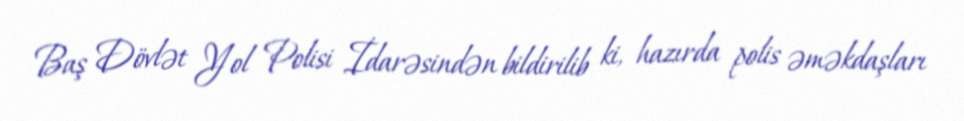
Baş Dövlət Yol Polisi İdarəsindən bildirilib ki, hazırda polis əməkdaşları